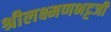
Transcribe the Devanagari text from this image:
श्रीलक्ष्मणभट्टजी